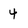
Character: 4